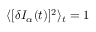
\langle [ \delta I _ { \alpha } ( t ) ] ^ { 2 } \rangle _ { t } = 1